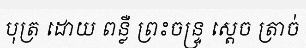
បុត្រ ដោយ ពន្លឺ ព្រះចន្ទ្រ ស្តេច ត្រាច់